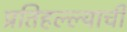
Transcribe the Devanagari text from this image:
प्रतिहल्ल्याची